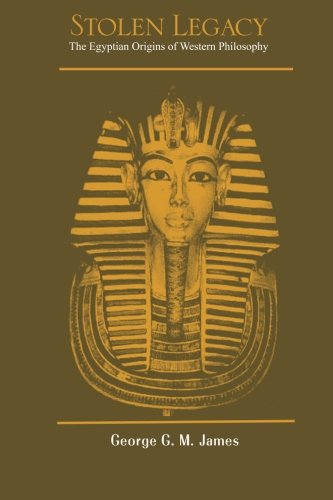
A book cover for Stolen Legacy: The Egyptian Origins of Western Philosophy; George G M James; History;